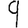
Digit: 9